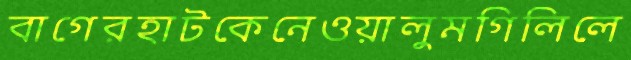
বাগেরহাটকেনেওয়ালুমগিলিলে